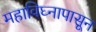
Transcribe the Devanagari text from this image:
महाविघ्नापासून